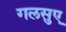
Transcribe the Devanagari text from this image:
गलसुए